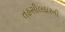
તહસીલદારની